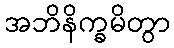
အဘိနိက္ခမိတွာ